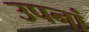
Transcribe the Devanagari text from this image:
उपनां